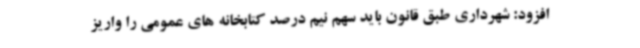
افزود: شهرداری طبق قانون باید سهم نیم درصد کتابخانه های عمومی را واریز